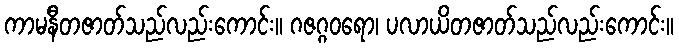
ကာမနီတဇာတ်သည်လည်းကောင်း။ ဂဇဂ္ဂဝရော၊ ပလာယိတဇာတ်သည်လည်းကောင်း။